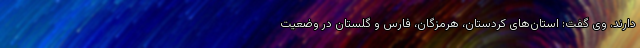
دارند. وی گفت: استان‌های کردستان، هرمزگان، فارس و گلستان در وضعیت